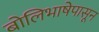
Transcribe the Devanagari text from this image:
बोलिभाषेपासून